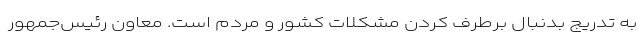
به تدریج بدنبال برطرف کردن مشکلات کشور و مردم است. معاون رئیس‌جمهور